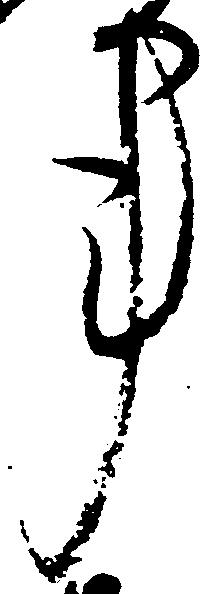
事